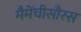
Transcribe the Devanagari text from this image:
मैमेंचीसौरस